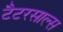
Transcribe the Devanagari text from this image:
टैटरसाल्स